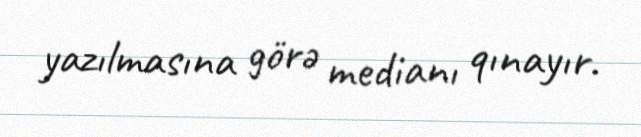
yazılmasına görə medianı qınayır.